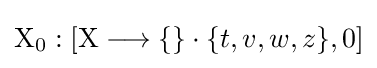
\mathrm {X} _{0}:[\mathrm {X} \longrightarrow \{\}\cdot \{t,v,w,z\},0]